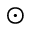
\odot